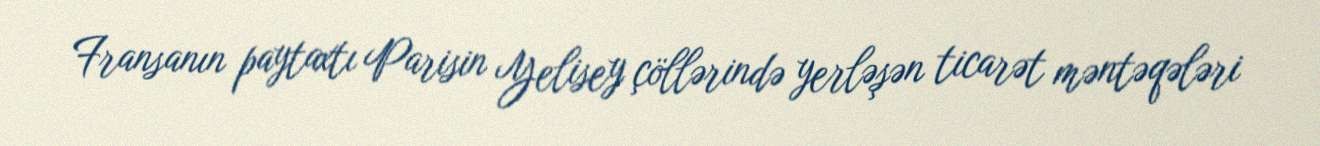
Fransanın paytaxtı Parisin Yelisey çöllərində yerləşən ticarət məntəqələri